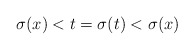
\begin{align*}\sigma(x) < t = \sigma(t) < \sigma(x)\end{align*}